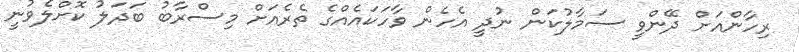
ރިހާންއަށް ދޭންވީ ސަމާލުކަން ނުދީ އެހެން ވާހަކައެއްގެ ތެރެއަށް މިސްރާބު ބަދަލު ކޮށްލެވުނީ